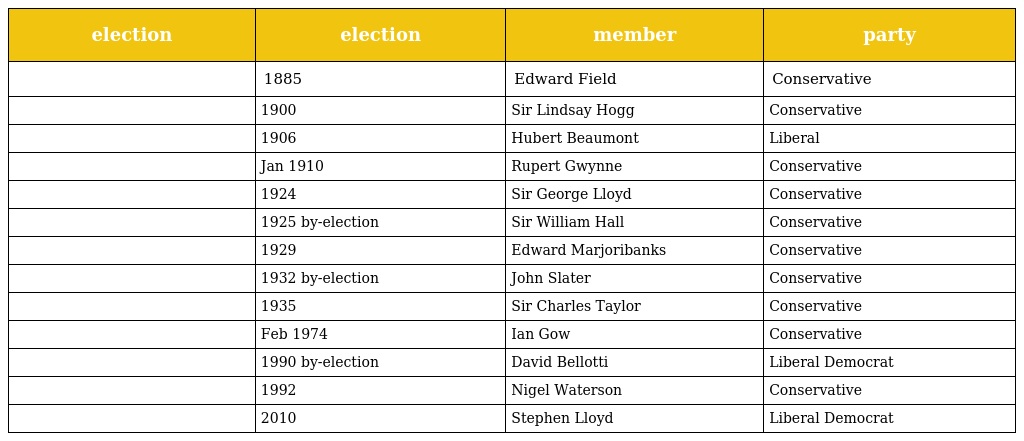
| election | election | member | party |
 | --- | --- | --- | --- |
 |  | 1885 | Edward Field | Conservative |
 |  | 1900 | Sir Lindsay Hogg | Conservative |
 |  | 1906 | Hubert Beaumont | Liberal |
 |  | Jan 1910 | Rupert Gwynne | Conservative |
 |  | 1924 | Sir George Lloyd | Conservative |
 |  | 1925 by-election | Sir William Hall | Conservative |
 |  | 1929 | Edward Marjoribanks | Conservative |
 |  | 1932 by-election | John Slater | Conservative |
 |  | 1935 | Sir Charles Taylor | Conservative |
 |  | Feb 1974 | Ian Gow | Conservative |
 |  | 1990 by-election | David Bellotti | Liberal Democrat |
 |  | 1992 | Nigel Waterson | Conservative |
 |  | 2010 | Stephen Lloyd | Liberal Democrat |